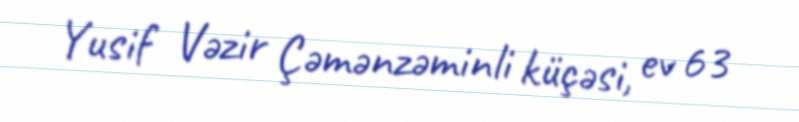
Yusif Vəzir Çəmənzəminli küçəsi, ev 63